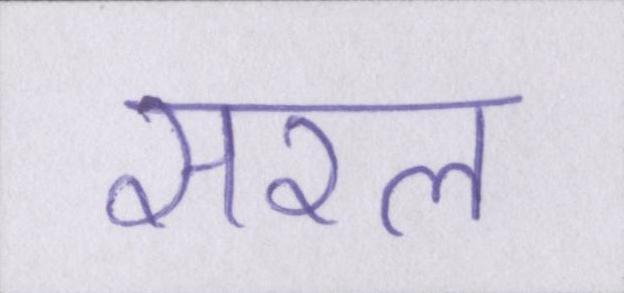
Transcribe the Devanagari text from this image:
सरल